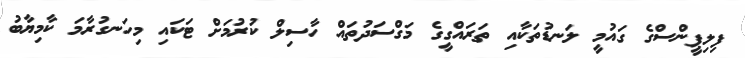
ފިލިޕީންސްގެ ގައުމީ ލަނޑުތަކާއި ތަރައްގީގެ މަގްސަދުތައް ހާސިލް ކުރުމަށް ޓަކައި މިހަނގުރާމަ ކާމިޔާބު